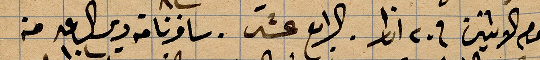
يوم الاثنين في ٢٠ اذار. الرابع عشر. سافرنا من دير الساعة ١٠ من